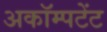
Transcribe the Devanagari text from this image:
अकॉम्पटेंट